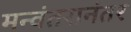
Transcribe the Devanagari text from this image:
मन्वंतरानंतर